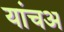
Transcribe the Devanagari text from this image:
यांचअ